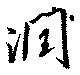
潤